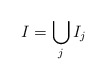
\begin{align*}I = \bigcup_j I_j\end{align*}